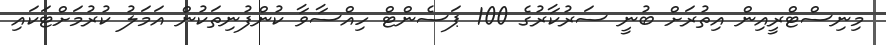
މިނިސްޓްރީއިން އިތުރަށް ބުނީ ސަރުކާރުގެ 100 ޕަސެންޓް ހިއްސާވާ ކުންފުނިތަކުން އަމަލު ކުރުމަށްޓަކައި